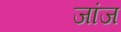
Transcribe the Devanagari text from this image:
जांज